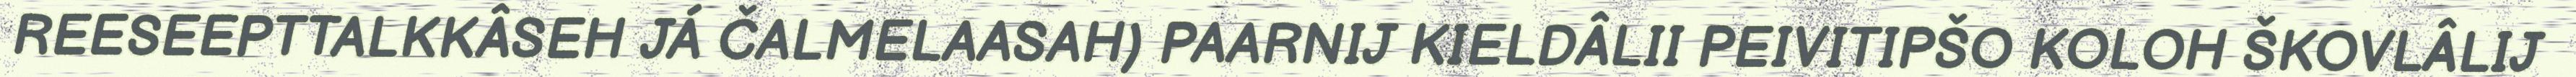
REESEEPTTALKKÂSEH JÁ ČALMELAASAH) PAARNIJ KIELDÂLII PEIVITIPŠO KOLOH ŠKOVLÂLIJ